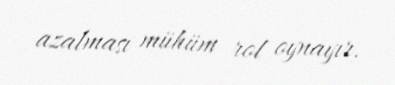
azalması mühüm rol oynayır.